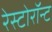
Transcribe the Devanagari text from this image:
रेस्टोरॉन्ट